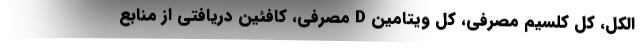
الکل، کل کلسیم مصرفی، کل ویتامین D مصرفی، کافئین دریافتی از منابع